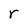
Character: r